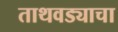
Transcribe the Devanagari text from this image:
ताथवड्याचा